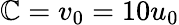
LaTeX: \mathbb{C}=v_{0}=10u_{0}